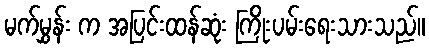
မက်မွှန်း က အပြင်းထန်ဆုံး ကြိုးပမ်းရေးသားသည်။